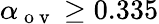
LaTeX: \alpha_{\mathrm{~o~v~}}\geq 0.335